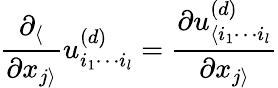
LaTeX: \frac{\partial_{\langle}}{\partial x_{j\rangle}}u_{i_{1}\cdots i_{l}}^{(d)}=\frac{\partial u_{\langle i_{1}\cdots i_{l}}^{(d)}}{\partial x_{j\rangle}}